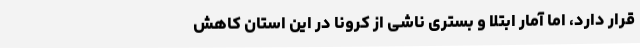
قرار دارد، اما آمار ابتلا و بستری ناشی از کرونا در این استان کاهش